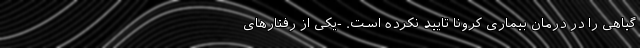
گیاهی را در درمان بیماری کرونا تایید نکرده است. -یکی از رفتارهای